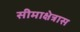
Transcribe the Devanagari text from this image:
सीमाक्षेत्रास